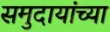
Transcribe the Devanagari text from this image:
समुदायांच्या